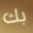
بك